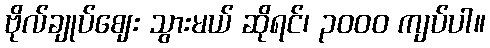
ဗိုလ်ချုပ်ဈေး သွားမယ် ဆိုရင်၊ ၃၀၀၀ ကျပ်ပါ။